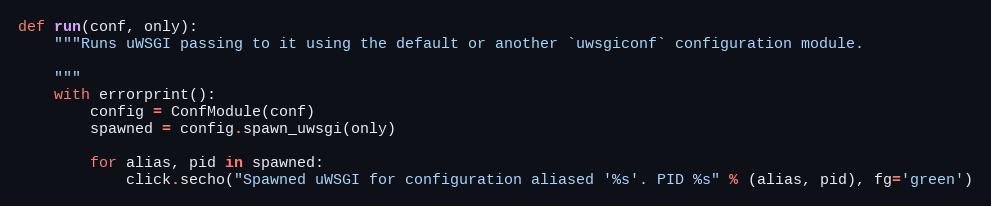
Language: Python
def run(conf, only):
    """Runs uWSGI passing to it using the default or another `uwsgiconf` configuration module.

    """
    with errorprint():
        config = ConfModule(conf)
        spawned = config.spawn_uwsgi(only)

        for alias, pid in spawned:
            click.secho("Spawned uWSGI for configuration aliased '%s'. PID %s" % (alias, pid), fg='green')